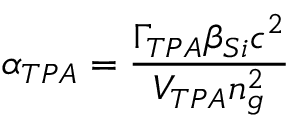
\alpha _ { T P A } = \frac { \Gamma _ { T P A } \beta _ { S i } c ^ { 2 } } { V _ { T P A } n _ { g } ^ { 2 } }